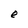
Character: e